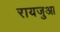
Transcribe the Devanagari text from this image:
रायजुआ